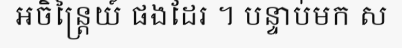
អចិន្ត្រៃយ៍ ផងដែរ ។ បន្ទាប់មក ស